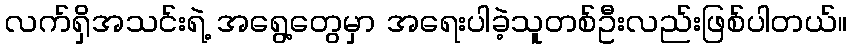
လက်ရှိအသင်းရဲ့ အရွေ့တွေမှာ အရေးပါခဲ့သူတစ်ဦးလည်းဖြစ်ပါတယ်။